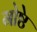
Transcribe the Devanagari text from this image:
गोष्ठे